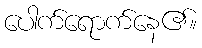
ပေါက်ရောက်နေ၏။